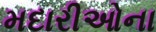
મદારીઓના